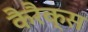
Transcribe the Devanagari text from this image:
कैरैक्स